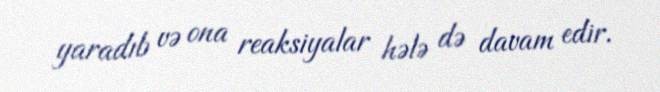
yaradıb və ona reaksiyalar hələ də davam edir.